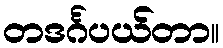
တဒင်္ဂပယ်တာ။